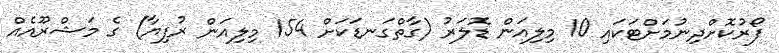
ފޯރުކޮށްދިނުމަށްޓަކައި 10 މިލިއަން ޑޮލަރު (ގާތްގަނޑަކަށް 154 މިލިއަން ރުފިޔާ) ގެ މަޝްރޫއެއް